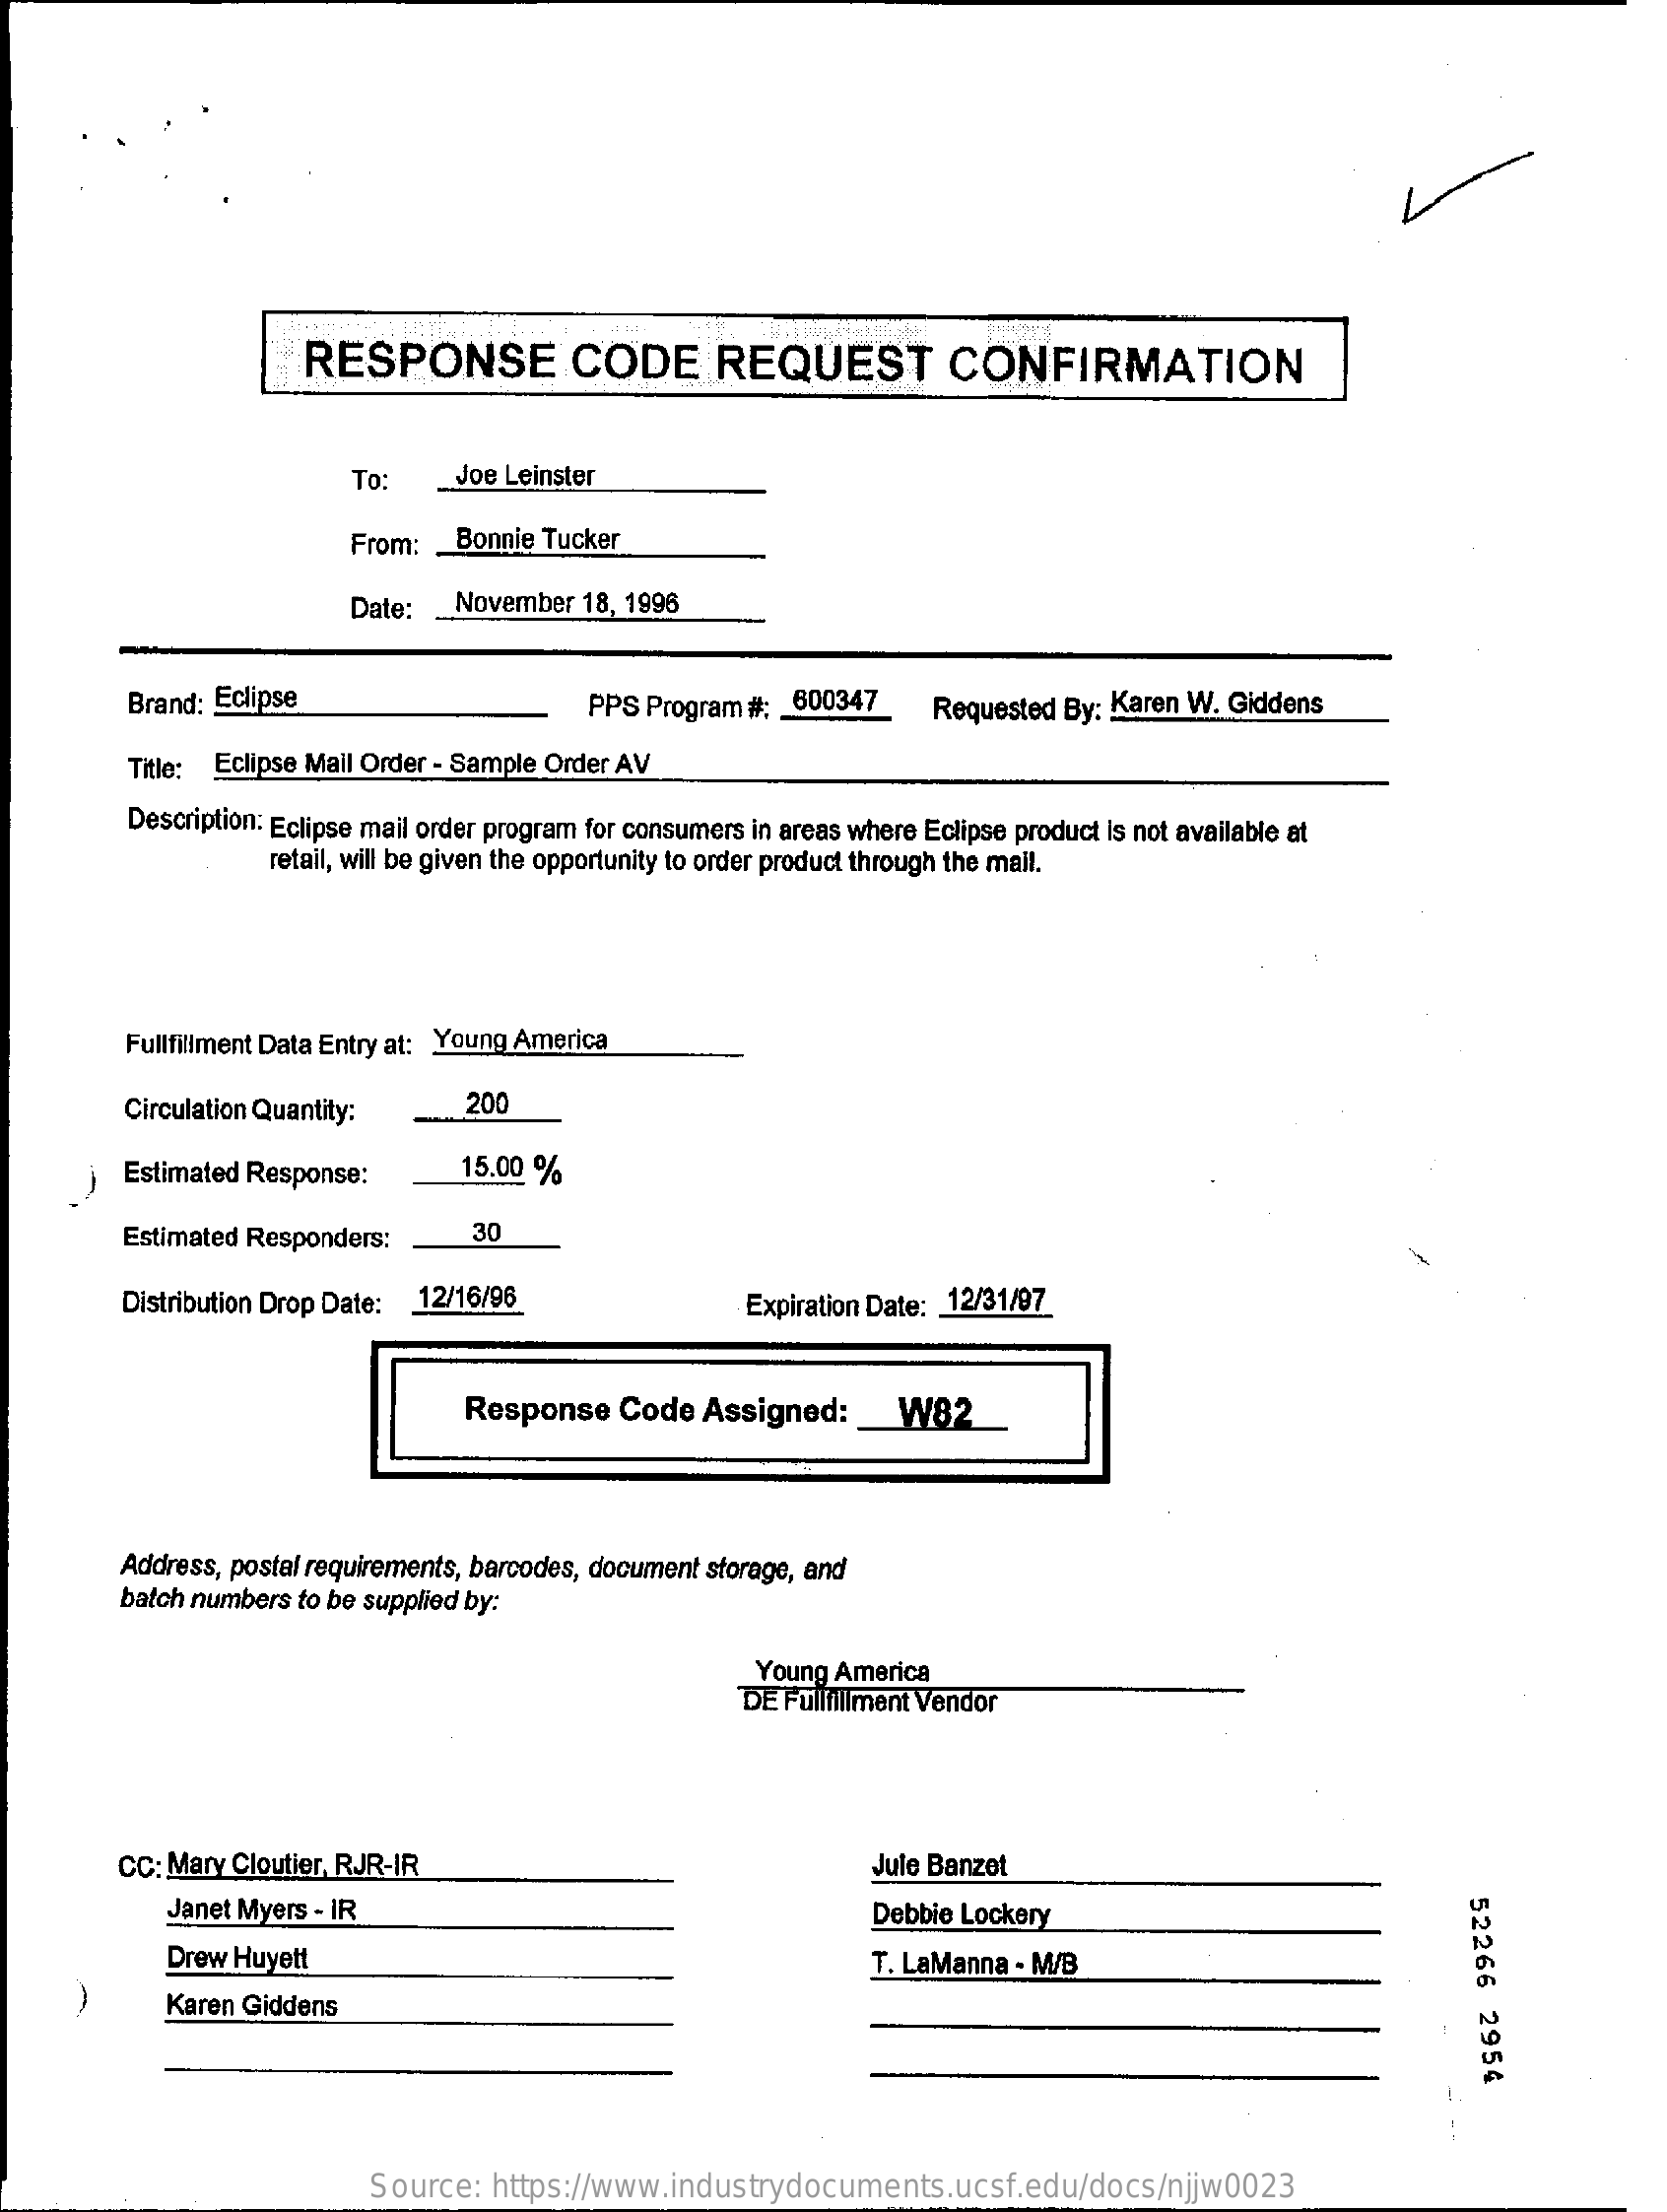
RESPONSE    CODE    REQUEST    CONFIRMATION
     To:    Joe Leinster
     From:  Bonnie Tucker
     Date:  November  18, 1996
     Brand: Eclipse    PPS Program #:  600347    Requested By: Karen W. Giddens
     Title: Eclipse Mail Order - Sample Order AV
     Description: Eclipse mail order program for consumers in areas where Eclipse product is not available at
     retail, will be given the opportunity to order product through the mail.
     Fullfillment Data Entry at: Young America
     Circulation Quantity:    200
     ) Estimated Response:    15.00 %
     Estimated Responders:    30
     Distribution Drop Date: 12/16/96    Expiration Date: 12/31/97
     Response   Code   Assigned:  _  W82_
     Address, postal requirements, barcodes, document storage, and
     batch numbers to be supplied by:
     Young America
     DE Fullfillment Vendor
     CC: Mary Cloutier, RJR-IR    Jule Banzet
     Janet Myers - IR
     52266
     2954
     Debbie Lockery
     Drew Huyett    T. LaManna - M/B
     Karen Giddens
     Source:   https://www.industrydocuments.ucsf.edu/docs/njjw0023